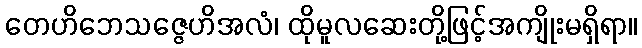
တေဟိဘေသဇ္ဇေဟိအလံ၊ ထိုမူလဆေးတို့ဖြင့်အကျိုးမရှိရာ။